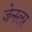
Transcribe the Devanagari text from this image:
जेन्स्लर